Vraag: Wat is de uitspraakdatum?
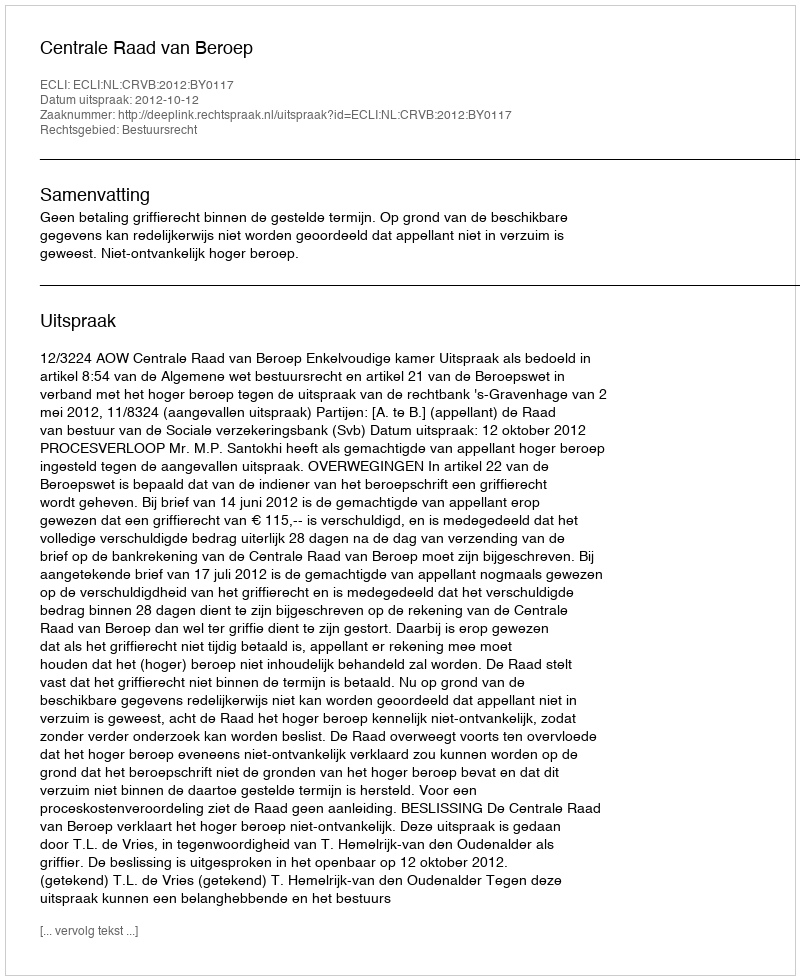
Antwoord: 2012-10-12